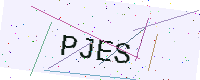
Text: PJES